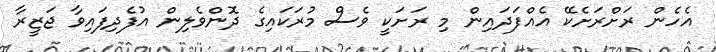
އެހެން ރަށްރަށެކޭ އެއްފަދައިން މި ރަށަކީ ވެސް މުރަކައިގެ ދޮންވެލިން އުފެދިފައިވާ ޖަޒީރާ